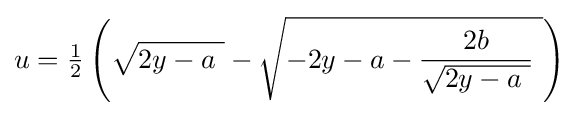
u={\tfrac {1}{2}}\left({\sqrt {2y-a\ }}-{\sqrt {-2y-a-{\frac {2b}{\sqrt {2y-a\ }}}\ }}\right)\